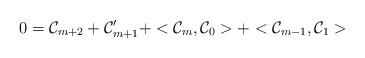
\begin{align*}0={\cal C}_{m+2}+{\cal C}'_{m+1}+<{\cal C}_m,{\cal C}_0>+<{\cal C}_{m-1},{\cal C}_1>\end{align*}